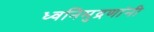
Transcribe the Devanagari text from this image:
ध्वनिमुद्रणांनी